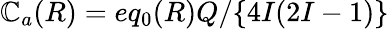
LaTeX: \mathbb{C}_{a}(R)=eq_{0}(R)Q/\{ 4I(2I-1)\}